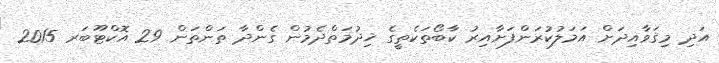
އަދި މިޤަވާއިދަށް އަމަލުކުރަންފަށާއިރު ކާބޯތަކެތީގެ ޚިދުމަތްދެމުން ގެންދާ ތަންތަން 29 އޮކްޓޫބަރ 2015